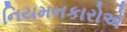
નિયમનકારોએ